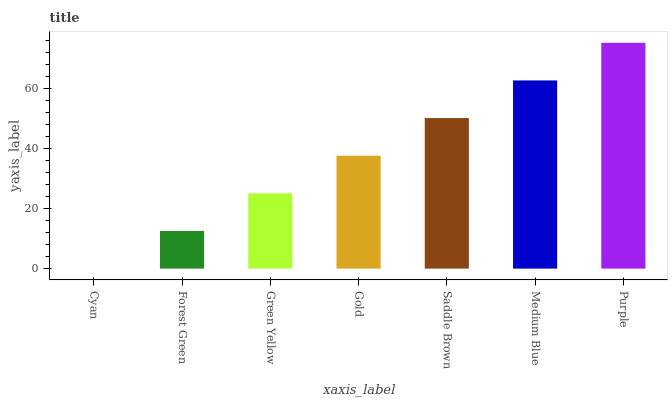
| xaxis_label | bars |
 | --- | --- |
 | Cyan | 0 |
 | Forest Green | 12.5 |
 | Green Yellow | 25.1 |
 | Gold | 37.6 |
 | Saddle Brown | 50.1 |
 | Medium Blue | 62.7 |
 | Purple | 75.2 |